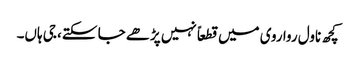
کچھ ناول روا روی میں قطعاً نہیں پڑھے جا سکتے، جی ہاں۔